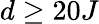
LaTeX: d\geq 20J